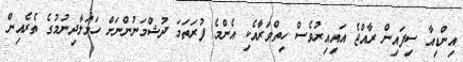
އިންޑިއާ ސިފައިން ރާއްޖެ އައިއިރުވެސް ހިތްވަރާއެކި އެންމެ ފުރަތަމަ ދުޝްމަނުންނަށް ހަމަލާދިނުމުގެ ތެރެއިން